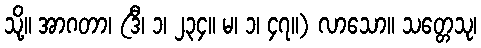
သို့။ အာဂတာ၊ (ဒီ၊ ၁၊ ၂၃၄။ မ၊ ၁၊ ၄၇။) လာသော။ သတ္တေသု၊